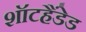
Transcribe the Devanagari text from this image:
शॉटहैंडेड